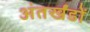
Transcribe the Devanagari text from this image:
अंतर्खंडों